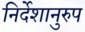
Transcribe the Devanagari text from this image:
निर्देशानुरुप